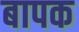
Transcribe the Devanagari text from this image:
बापक